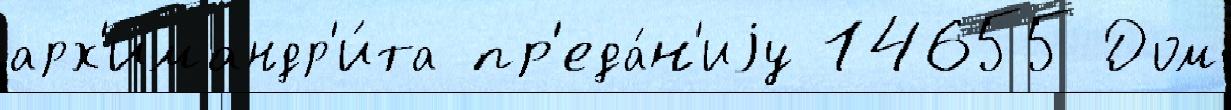
арх'имандр'и́та пр'еда́н'иjу 14655 Дом